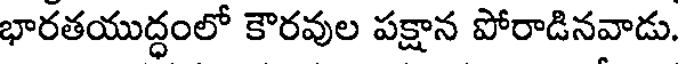
భారతయుద్ధంలో కౌరవుల పక్షాన పోరాడినవాడు.